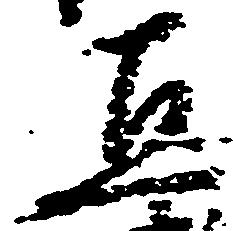
直